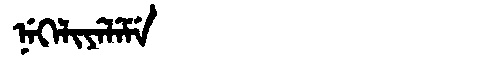
Manchu: ᠨᡝᡴᡝᠯᡳᠶᡝᠯᡝᠮᡝ
Romanization: NEKELIYELEME